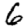
Digit: 6